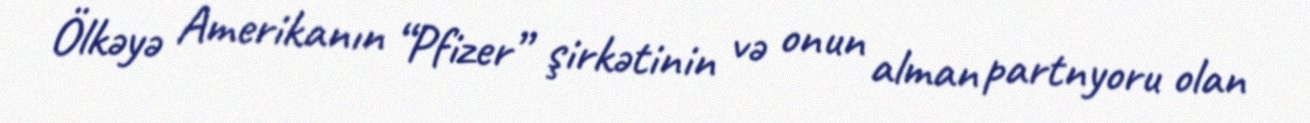
Ölkəyə Amerikanın “Pfizer” şirkətinin və onun alman partnyoru olan